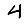
Digit: 4